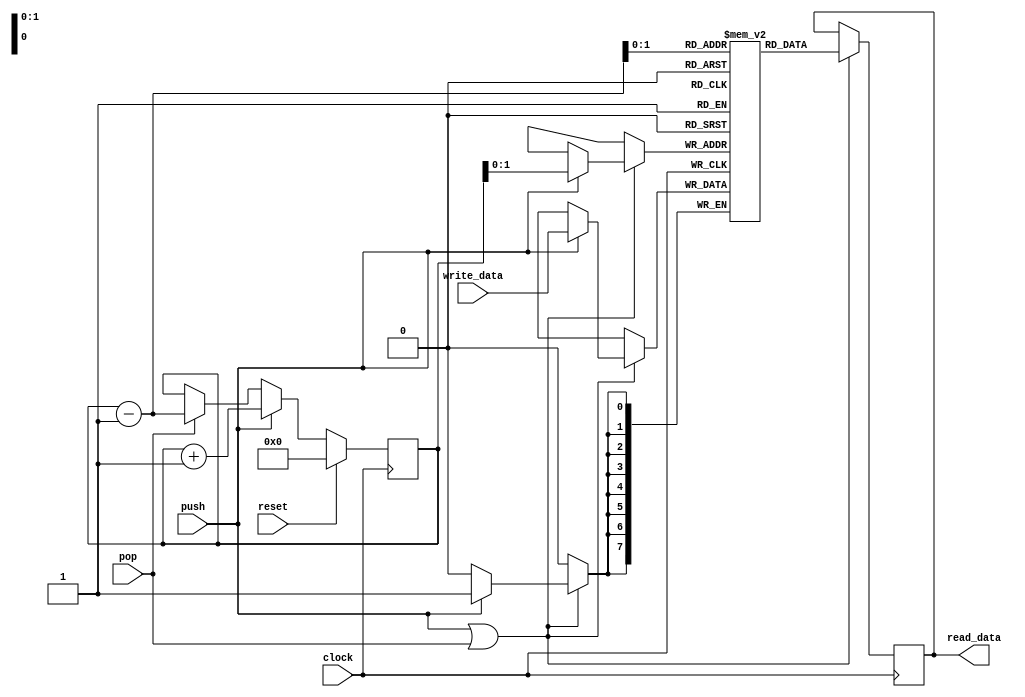
module lab7_4_2

#(parameter DATA_WIDTH=8, parameter STACK_SIZE=4)

(
    input  clock,
    input  reset,
    input  push,
    input  pop,

    input  [DATA_WIDTH - 1:0] write_data,
    output reg [DATA_WIDTH - 1:0] read_data
);

    reg [DATA_WIDTH - 1:0] stack [0:STACK_SIZE - 1];
	reg [STACK_SIZE - 1:0] pointer;

 
	always @(posedge clock) 
	  begin
		if (reset)
			pointer <= 0;
			
		else if (push)
			pointer <= pointer + 1;
			
		else if (pop)
			pointer <= pointer - 1;
    end

	 
	always @(posedge clock) 
	begin
		if (push || pop) 
		begin
			if(push)
				stack[pointer] <= write_data;

         read_data = stack [pointer - 1];
		end
	end
	
endmodule